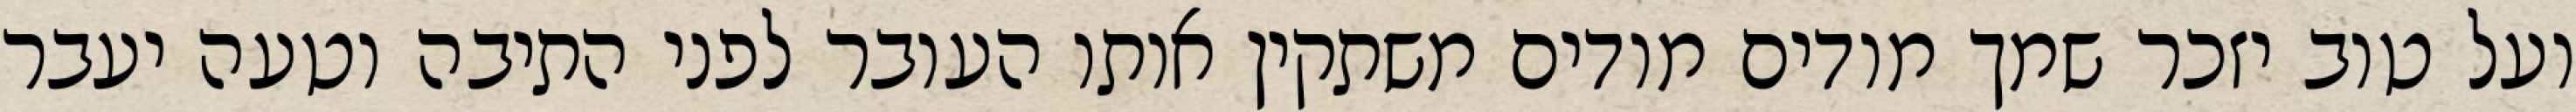
ועל טוב יזכר שמך מודים מודים משתקין אותו העובר לפני התיבה וטעה יעבר